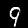
Digit: 9